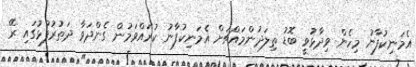
އެމަނިކުފާނު މިހެން ވިދާޅުވީ ބޮޑު ތިލަދުންމައްޗަށް އެމަނިކުފާނު ކުރައްވަމުން ގެންދަވާ ދަތުރުފުޅުގައި ރޭ